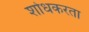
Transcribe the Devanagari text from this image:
शोधकरता